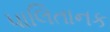
પાલિતાનક